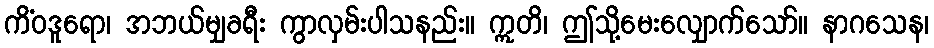
ကိံဝဒူရော၊ အဘယ်မျှခရီး ကွာလှမ်းပါသနည်း။ ဣတိ၊ ဤသို့မေးလျှောက်သော်။ နာဂသေန၊